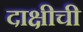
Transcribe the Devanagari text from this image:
दाक्षीची